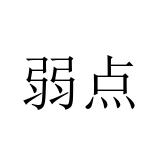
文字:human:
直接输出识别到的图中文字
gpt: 弱点